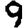
Digit: 9